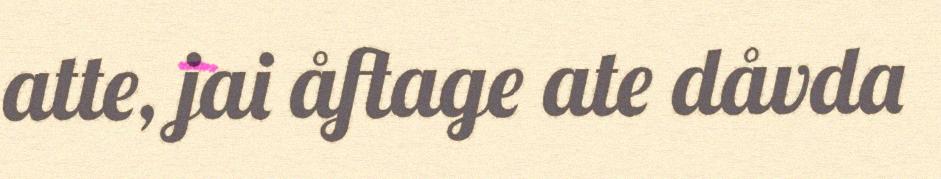
atte, jai åftage ate dåvda